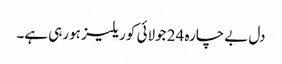
دل بے چارہ 24 جولائی کو ریلیز ہورہی ہے۔